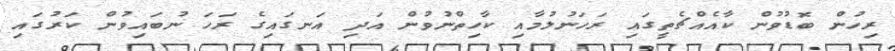
ރިހުން ބޮޑުވުން ކާއެއްޗެތީގައި ރަހަނުލުމާއި ކާހިތްނުވުން އަދި އަނގައިގެ ރަހަ ނުބައިވުން ކަރުގައި